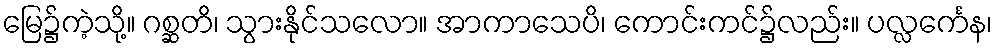
မြေ၌ကဲ့သို့။ ဂစ္ဆတိ၊ သွားနိုင်သလော။ အာကာသေပိ၊ ကောင်းကင်၌လည်း။ ပလ္လင်္ကေန၊